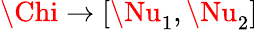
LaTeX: \Chi\to[\Nu_{1},\Nu_{2}]